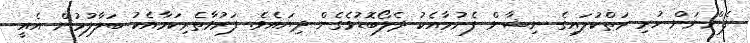
ފެންނަން ހުރި ރަތްކުލައިގެ ނިޝާން ފެނުމާއެކު ދެލޯބޮޑުވެގެން ދިޔައެވެ. ފަރުވާތެރިކަމާއެކު ބަލާލުމުން އެއީ